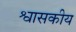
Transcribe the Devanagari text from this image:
श्वासकीय